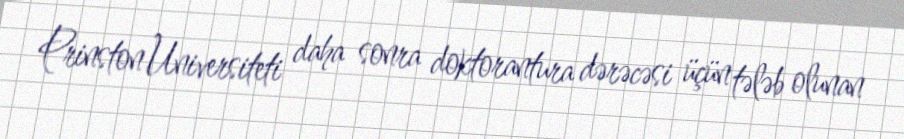
Prinston Universiteti daha sonra doktorantura dərəcəsi üçün tələb olunan